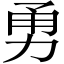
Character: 勇